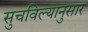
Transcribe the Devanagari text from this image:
सुचविल्यानुसार